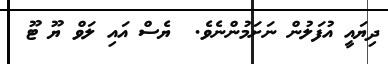
ދިޔައީ އުފަލުން ނަށަމުންނެވެ.  ޔެސް އައި ލަވް ޔޫ ޓޫ